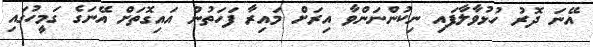
އޭނަ ދޮރު ހުޅުވާލާފައި ނިކުންނަންވާ އިރަށް މައިރާ ފަހަތުން އައިގޮތަށް އޭނަގެ ގަމީހުގައި